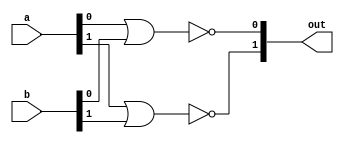
module nor_2(out, a, b);
input [1:0] a, b;
output [1:0] out;

nor f(out[0], a[0], b[0]),
    s(out[1], a[1], b[1]);
endmodule

module nor_4(out, a, b);
input [3:0] a, b;
output [3:0] out;

nor_2 f(out[1:0], a[1:0], b[1:0]),
          s(out[3:2], a[3:2], b[3:2]);
endmodule

module nor_8(out, a, b);
input [7:0] a, b;
output [7:0] out;

nor_4 f(out[3:0], a[3:0], b[3:0]),
          s(out[7:4], a[7:4], b[7:4]);
endmodule

module nor_16(out, a, b);
input [15:0] a, b;
output [15:0] out;

nor_8 f(out[7:0], a[7:0], b[7:0]),
          s(out[15:8], a[15:8], b[15:8]);
endmodule

module nor_32(out, a, b);
input [31:0] a, b;
output [31:0] out;

nor_16 f(out[15:0], a[15:0], b[15:0]),
          s(out[31:16], a[31:16], b[31:16]);
endmodule